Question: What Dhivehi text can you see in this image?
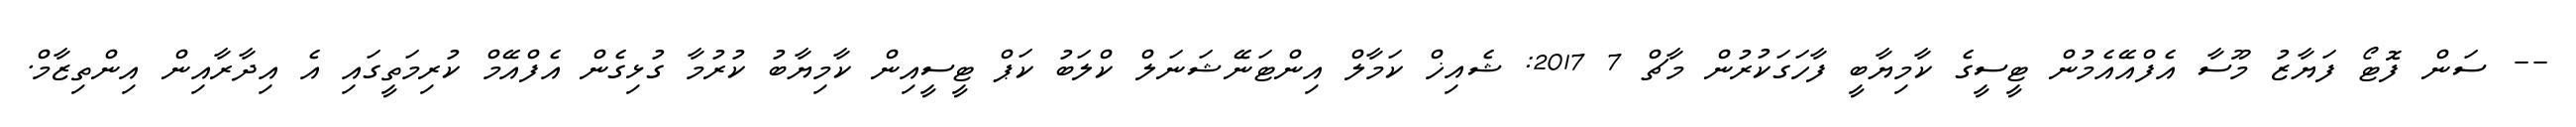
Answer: -- ސަން ފޮޓޯ ފަޔާޒު މޫސާ އެފްއޭއެމުން ޓީސީގެ ކާމިޔާބީ ފާހަގަކުރުން މާޗް 7 2017: ޝެއިޚް ކަމާލް އިންޓަނޭޝަނަލް ކްލަބު ކަޕް ޓީސީއިން ކާމިޔާބު ކުރުމާ ގުޅިގެން އެފްއޭމް ކުރިމަތީގައި އެ އިދާރާއިން އިންތިޒާމް.